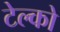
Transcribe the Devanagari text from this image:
टेल्‍को